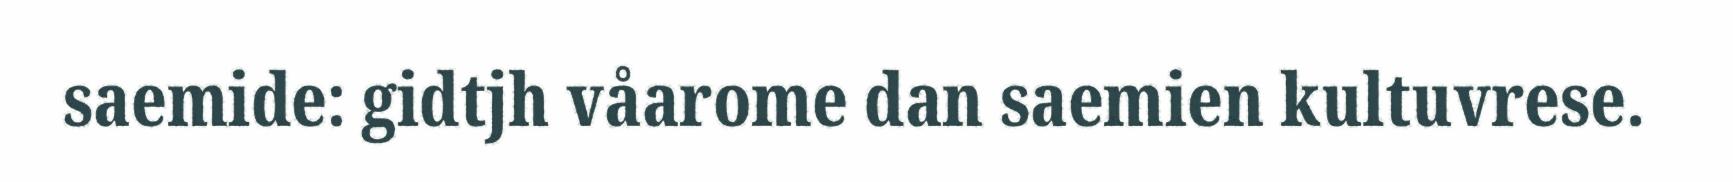
saemide: gidtjh våarome dan saemien kultuvrese.